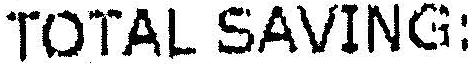
TOTAL SAVING: